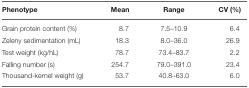
<table><thead><tr><td><b>Phenotype</b></td><td><b>Mean</b></td><td><b>Range</b></td><td><b>CV (%)</b></td></tr></thead><tbody><tr><td>Grain protein content (%)</td><td>8.7</td><td>7.5–10.9</td><td>6.4</td></tr><tr><td>Zeleny sedimentation (mL)</td><td>18.3</td><td>8.0–36.0</td><td>26.9</td></tr><tr><td>Test weight (kg/hL)</td><td>78.7</td><td>73.4–83.7</td><td>2.2</td></tr><tr><td>Falling number (s)</td><td>254.7</td><td>79.0–391.0</td><td>23.4</td></tr><tr><td>Thousand-kernel weight (g)</td><td>53.7</td><td>40.8–63.0</td><td>6.0</td></tr></tbody></table>